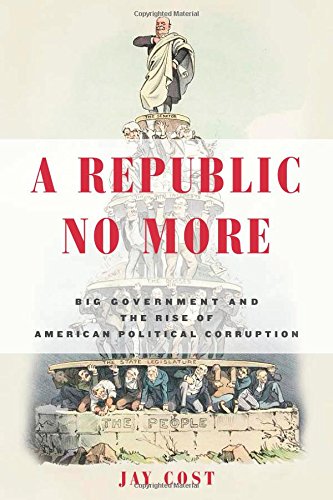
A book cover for A Republic No More: Big Government and the Rise of American Political Corruption; Jay Cost; Politics & Social Sciences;